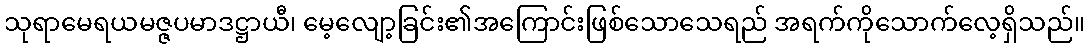
သုရာမေရယမဇ္ဇပမာဒဋ္ဌာယီ၊ မေ့လျော့ခြင်း၏အကြောင်းဖြစ်သောသေရည် အရက်ကိုသောက်လေ့ရှိသည်။